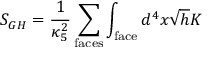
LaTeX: S _ { G H } = \frac { 1 } { \kappa _ { 5 } ^ { 2 } } \sum _ { \mathrm { f a c e s } } \int _ { \mathrm { f a c e } } d ^ { 4 } x \sqrt { h } K